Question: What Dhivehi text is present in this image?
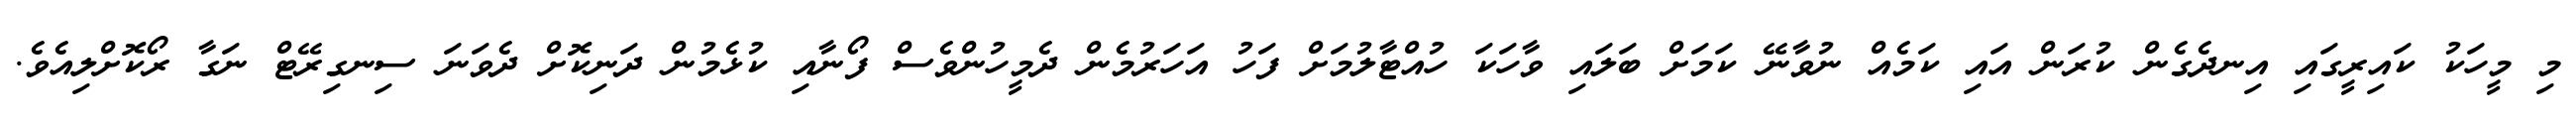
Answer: މި މީހަކު ކައިރީގައި އިނދެގެން ކުރަން އައި ކަމެއް ނުވާނޭ ކަމަށް ބަލައި ވާހަކަ ހުއްޓާލުމަށް ފަހު އަހަރުމެން ދެމީހުންވެސް ފޯނާއި ކުޅެމުން ދަނިކޮށް ދެވަނަ ސިނގިރޭޓް ނަގާ ރޯކޮށްލިއެވެ.